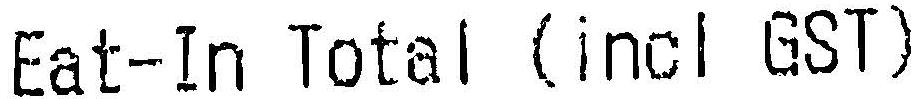
EAT-IN TOTAL (INCL GST)